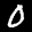
Label: 0